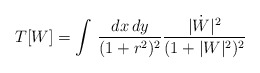
\begin{align*}T[W] = \int\, \frac{dx\, dy}{(1+r^{2})^{2}}\frac{|\dot{W}|^{2}}{(1+|W|^{2})^{2}}\end{align*}